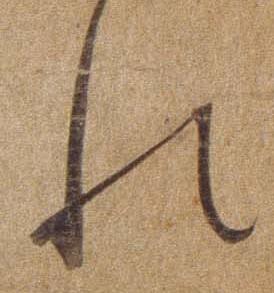
れ